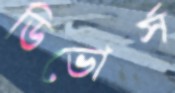
ডিভোর্স